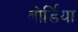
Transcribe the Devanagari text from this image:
बोर्डिया